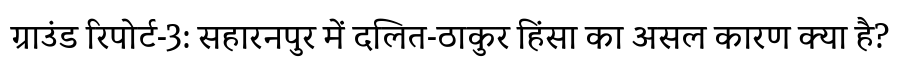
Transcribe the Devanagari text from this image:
ग्राउंड रिपोर्ट-3: सहारनपुर में दलित-ठाकुर हिंसा का असल कारण क्या है?